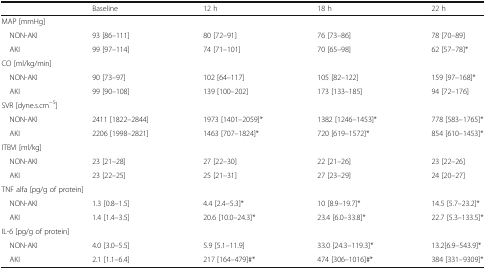
|  | Baseline | 12 h | 18 h | 22 h |
 | --- | --- | --- | --- | --- |
 | <COLSPAN=5> MAP [mmHg] |
 | NON-AKI | 93 [86–111] | 80 [72–91] | 76 [73–86] | 78 [70–89] |
 | AKI | 99 [97–114] | 74 [71–101] | 70 [65–98] | 62 [57–78]* |
 | <COLSPAN=5> CO [ml/kg/min] |
 | NON-AKI | 90 [73–97] | 102 [64–117] | 105 [82–122] | 159 [97–168]* |
 | AKI | 99 [90–108] | 139 [100–202] | 173 [133–185] | 94 [72–176] |
 | <COLSPAN=5> SVR [dyne.s.cm−5] |
 | NON-AKI | 2411 [1822–2844] | 1973 [1401–2059]* | 1382 [1246–1453]* | 778 [583–1765]* |
 | AKI | 2206 [1998–2821] | 1463 [707–1824]* | 720 [619–1572]* | 854 [610–1453]* |
 | <COLSPAN=5> ITBVI [ml/kg] |
 | NON-AKI | 23 [21–28] | 27 [22–30] | 22 [21–26] | 23 [22–26] |
 | AKI | 23 [22–25] | 25 [21–31] | 27 [23–29] | 24 [20–27] |
 | <COLSPAN=5> TNF alfa [pg/g of protein] |
 | NON-AKI | 1.3 [0.8–1.5] | 4.4 [2.4–5.3]* | 10 [8.9–19.7]* | 14.5 [5.7–23.2]* |
 | AKI | 1.4 [1.4–3.5] | 20.6 [10.0–24.3]* | 23.4 [6.0–33.8]* | 22.7 [5.3–133.5]* |
 | <COLSPAN=5> IL-6 [pg/g of protein] |
 | NON-AKI | 4.0 [3.0–5.5] | 5.9 [5.1–11.9] | 33.0 [24.3–119.3]* | 13.2[6.9–543.9]* |
 | AKI | 2.1 [1.1–6.4] | 217 [164–479]#* | 474 [306–1016]#* | 384 [331–9309]* |